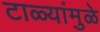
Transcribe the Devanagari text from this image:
टाळ्यांमुळे